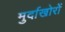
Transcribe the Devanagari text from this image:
मुर्दाखोरों